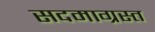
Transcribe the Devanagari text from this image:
सदमाग्रस्त